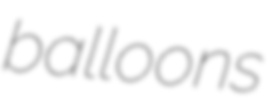
balloons